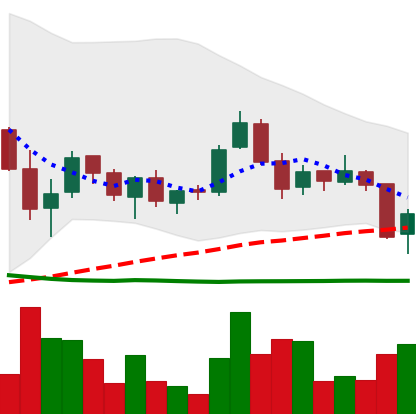
Ticker: TRX-USD
Chart end date: 2018-05-29
Forward return: -4.662%
Label: down_3_5